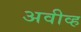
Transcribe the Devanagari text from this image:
अवीव्ह